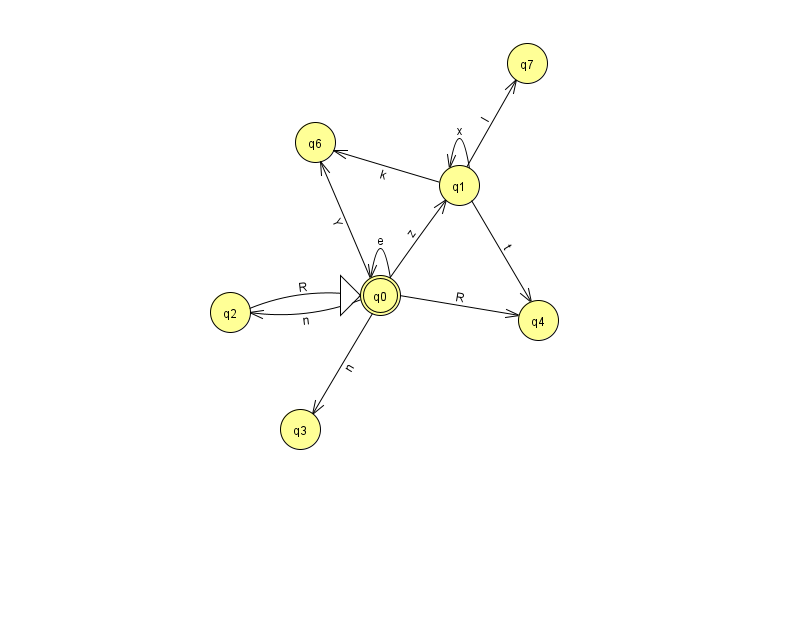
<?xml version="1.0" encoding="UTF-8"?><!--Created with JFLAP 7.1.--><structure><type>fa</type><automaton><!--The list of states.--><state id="0" name="q0"><x>380.0</x><y>282.0</y><initial/><final/></state><state id="1" name="q1"><x>459.0</x><y>172.0</y></state><state id="2" name="q2"><x>230.0</x><y>299.0</y></state><state id="3" name="q3"><x>300.0</x><y>416.0</y></state><state id="4" name="q4"><x>538.0</x><y>307.0</y></state><state id="6" name="q6"><x>315.0</x><y>129.0</y></state><state id="7" name="q7"><x>527.0</x><y>50.0</y></state><!--The list of transitions.--><transition><from>0</from><to>1</to><read>z</read></transition><transition><from>0</from><to>0</to><read>e</read></transition><transition><from>0</from><to>2</to><read>n</read></transition><transition><from>1</from><to>4</to><read>t</read></transition><transition><from>0</from><to>6</to><read>Y</read></transition><transition><from>1</from><to>7</to><read>I</read></transition><transition><from>1</from><to>1</to><read>x</read></transition><transition><from>2</from><to>0</to><read>R</read></transition><transition><from>0</from><to>4</to><read>R</read></transition><transition><from>1</from><to>6</to><read>k</read></transition><transition><from>0</from><to>3</to><read>n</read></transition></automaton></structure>